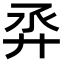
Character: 𢌼